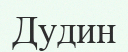
Дудин